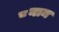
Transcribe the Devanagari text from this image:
८नाम